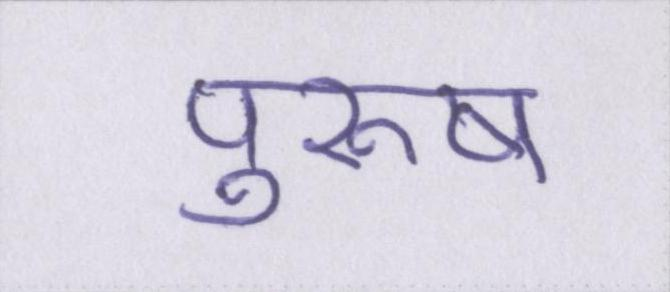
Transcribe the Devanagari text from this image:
पुरूष